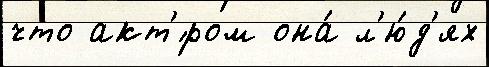
что акт'́ром она́ л'ю́д'ях